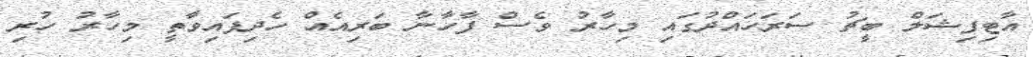
އާޓިފިޝަލް ބީޗު ސަރަަހައްދުގައި މިހާރު ވެސް ފާހާނާ ބަރިއެއް ހެދިފައިވާތީ މިހާރު ހުރި